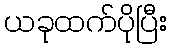
ယခုထက်ပိုပြီး